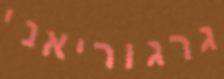
גרגוריאני